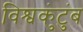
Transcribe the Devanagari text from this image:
विश्वकुंटुंब